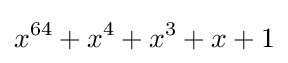
x^{64}+x^{4}+x^{3}+x+1